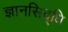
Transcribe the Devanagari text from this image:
ज्ञानसिद्धि